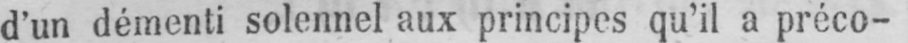
d’un démenti solennel aux principes qu’il a préco-